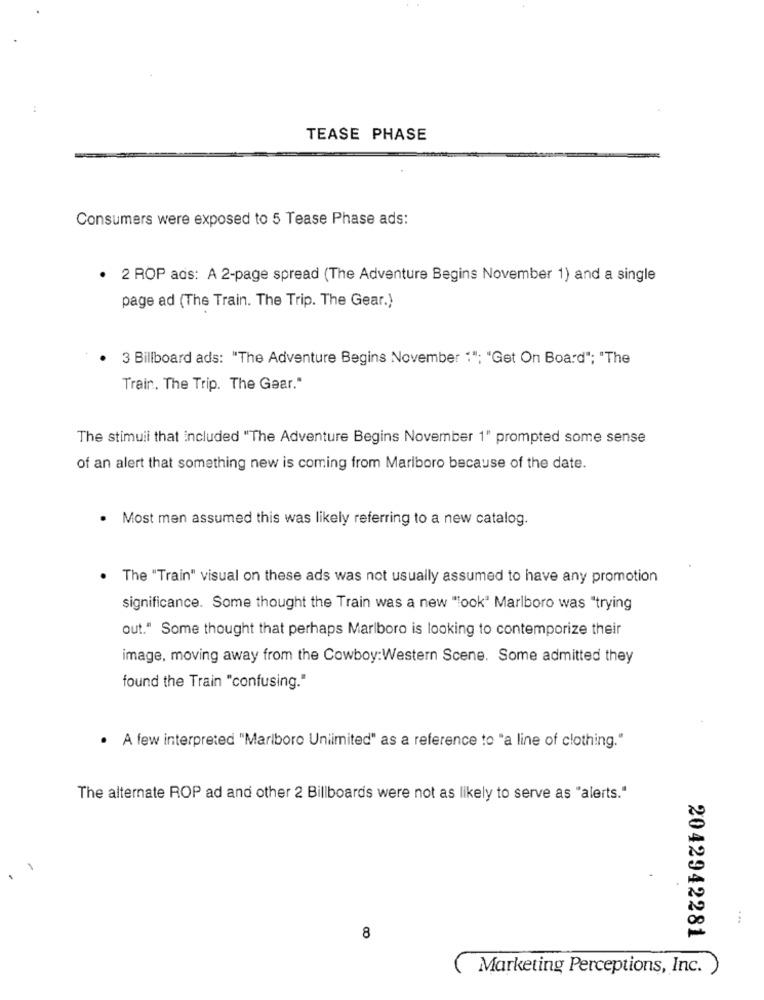
TEASE PHASE
Consumers were exposed to 5 Tease Phase ads:
· 2 ROP ads: A 2-page spread (The Adventure Begins November 1) and a single
page ad (The Train. The Trip. The Gear.)
3 Billboard ads: "The Adventure Begins November 1"; "Get On Board"; "The
Train. The Trip. The Gear."
The stimuli that included "The Adventure Begins November 1" prompted some sense
of an alert that something new is coming from Marlboro because of the date.
. Most men assumed this was likely referring to a new catalog.
The "Train" visual on these ads was not usually assumed to have any promotion
significance. Some thought the Train was a new "look" Marlboro was "trying
out." Some thought that perhaps Marlboro is looking to contemporize their
image, moving away from the Cowboy:Western Scene. Some admitted they
found the Train "confusing."
· A few interpreted "Marlboro Unlimited" as a reference to "a line of clothing."
The alternate ROP ad and other 2 Billboards were not as likely to serve as "alerts."
8
2042942281
Marketing Perceptions, Inc. )